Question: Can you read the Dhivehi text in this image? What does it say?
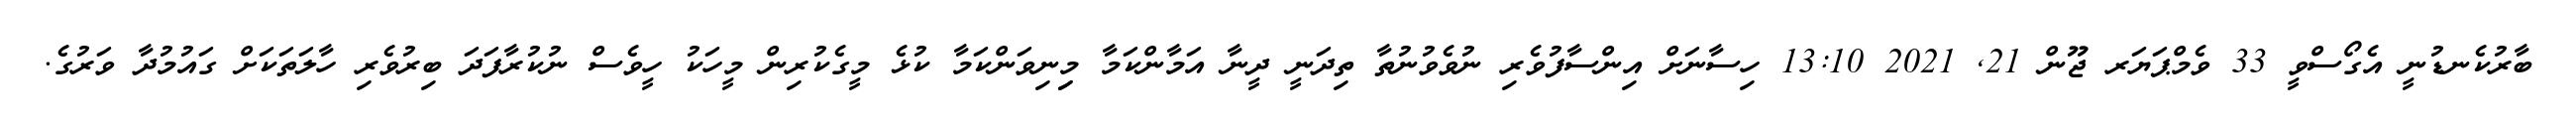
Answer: ބާރުކެނޑުނީ އެގޯސްވީ 33 ވެމްޕަޔަރ ޖޫން 21, 2021 13:10 ހިސާނަށް އިންސާފުވެރި ނުވެވުނުތާ ތިދަނީ ދީނާ އަމާންކަމާ މިިނިވަންކަމާ ކުޅެ މީގެކުރިން މީހަކު ހީވެސް ނުކުރާފަދަ ބިރުވެރި ހާލަތަކަށް ގައުމުދާ ވަރުގެ.